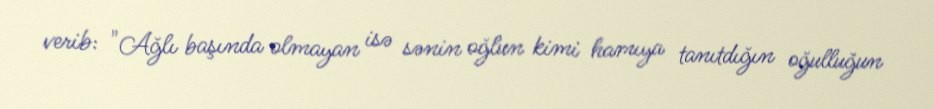
verib: "Ağlı başında olmayan isə sənin oğlun kimi hamıya tanıtdığın oğulluğun